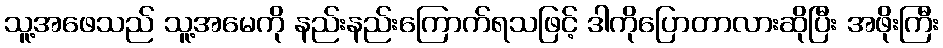
သူ့အဖေသည် သူ့အမေကို နည်းနည်းကြောက်ရသဖြင့် ဒါကိုပြောတာလားဆိုပြီး အဖိုးကြီး